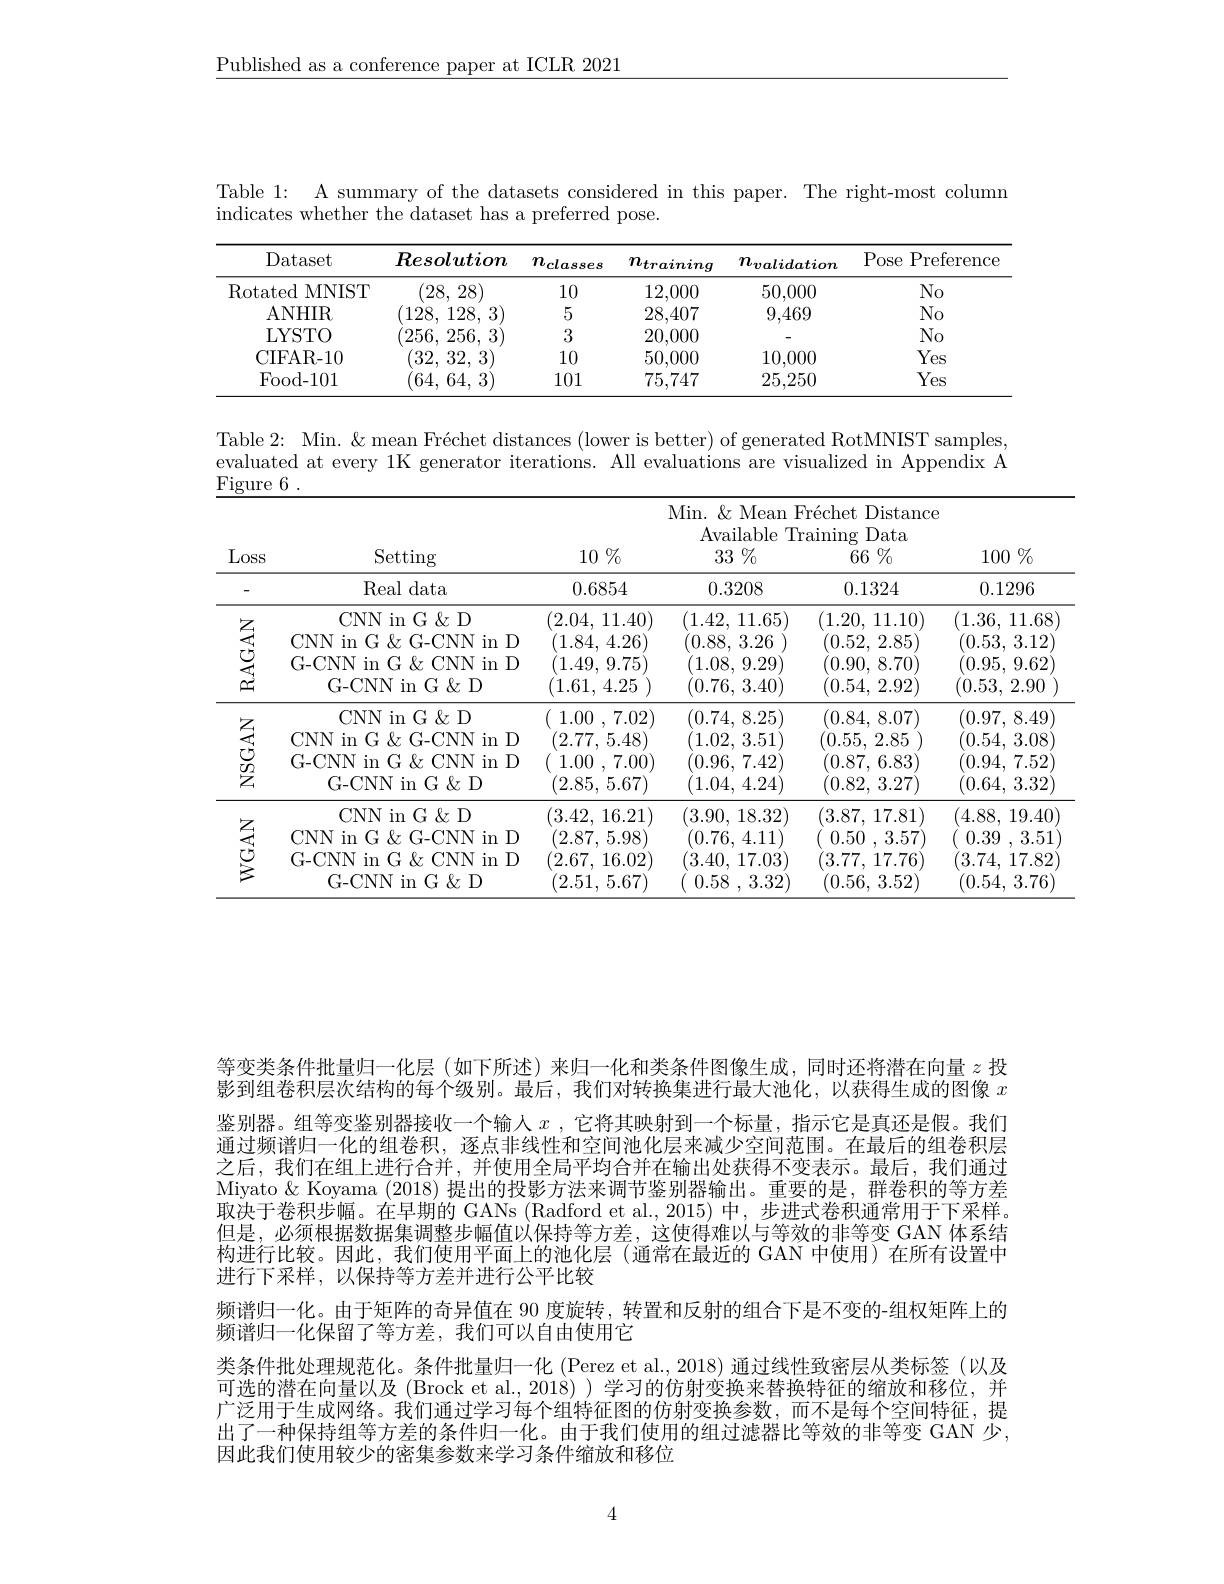
$\underline{\text{Published as a conference paper at ICLR 2021}}$

Table 1: A summary of the datasets considered in this paper. The right-most column
indicates whether the dataset has a preferred pose.

<table>
	<tbody>
		<tr>
			<th>Dataset</th>
			<th>Resolution</th>
			<th>$n_{classes}$</th>
			<th>$n_{training}$</th>
			<th>$n_{validation}$</th>
			<th>Pose Preference</th>
		</tr>
		<tr>
			<td>Rotated MNIST</td>
			<td>(28, 28)</td>
			<td>10</td>
			<td>12,000</td>
			<td>50,000</td>
			<td>$No$</td>
		</tr>
		<tr>
			<td>ANHIR</td>
			<td>(128, 128, 3)</td>
			<td>5</td>
			<td>28,407</td>
			<td>9,469</td>
			<td>$No$</td>
		</tr>
		<tr>
			<td>LYSTO</td>
			<td>256, 256, 3</td>
			<td>3</td>
			<td>20,000</td>
			<td> </td>
			<td>$No$</td>
		</tr>
		<tr>
			<td>CIFAR- 10</td>
			<td>$^{\prime }32$, 32, 3)</td>
			<td>10</td>
			<td>50,000</td>
			<td>10,000</td>
			<td>Yes</td>
		</tr>
		<tr>
			<td>Food- 101</td>
			<td>64, 64, 3</td>
			<td>101</td>
			<td>75,747</td>
			<td>25,250</td>
			<td>Yes</td>
		</tr>
	</tbody>
</table>

evaluated at every 1K generator iterations. All evaluations are visualized in Appendix A $\operatorname { Figure} 6$ .

<table>
	<tbody>
		<tr>
			<th>Loss</th>
			<th>Setting</th>
			<th>$10\%$</th>
			<th>Min. $\&$ Mean Available T 33 $\%$</th>
			<th>Pr$\' {e}$chet Distance raining Data $\bar{6} 6$ $\%$</th>
			<th>$100\%$</th>
		</tr>
		<tr>
			<td>-</td>
			<td>Real data</td>
			<td>0.6854</td>
			<td>0.3208</td>
			<td>0.1324</td>
			<td>0.1296</td>
		</tr>
		<tr>
			<td rowspan="4">RAGAN</td>
			<td>$CNN$ $=\frac{1}{2}$ $\operatorname{in}G\&$D</td>
			<td>(2.04, 11.40)</td>
			<td>(1.42, 11.65)</td>
			<td>(1.20, 11.10)</td>
			<td>(1.36,1 11.68</td>
		</tr>
		<tr>
			<td>CNN in G G-CNN in D</td>
			<td>1.84, 4.26)</td>
			<td>(0.88, 3.26</td>
			<td>(0.52, 2.85)</td>
			<td>(0.53, 3.12</td>
		</tr>
		<tr>
			<td>G-CNN in G & CNN in D</td>
			<td>1.49, 9.75</td>
			<td>(1.08, 9.29</td>
			<td>(0.90, 8.70)</td>
			<td>(0.95, 9.62</td>
		</tr>
		<tr>
			<td>G- CNN in G $\&$ D</td>
			<td>(1.61, 4.25</td>
			<td>(0.76, 3.40)</td>
			<td>(0.54, 2.92)</td>
			<td>(0.53, 2.90</td>
		</tr>
		<tr>
			<td rowspan="1">$\begin{array}{ll}&\text{ろ}\\&\text{さ}\\&\textcircled{1}\\&\textcircled{2}\end{array}$</td>
			<td>CNN in G $\&$D CNN in G G-CNN in D G-CNN in G & CNN in D G-CNN in G $\&$D</td>
			<td>1.00 , 7.02) (2.77, 5.48) 1.00 , 7.00) (2.85, 5.67)</td>
			<td>(0.74, 8.25) 1.02, 3.51) 0.96, 7.42 (1.04, 4.24)</td>
			<td>(0.84, 8.07) (0.55, 2.85 (0.87, 6.83] (0.82, 3.27</td>
			<td>(0.97, 8.49 (0.54, 3.08 (0.94, 7.52 (0.64, 3.32</td>
		</tr>
		<tr>
			<td rowspan="2"></td>
			<td>CNN in G $\&$D CNN in G G-CNN in D G-CNN in G $\&$ CNN in D G-CNN in G &D</td>
			<td>(3.42, 16.21) (2.87, 5.98) (2.67, 16.02) (2.51, 5.67)</td>
			<td>(3.90, 18.32) (0.76, 4.11) 3.40, 17.03) 0.58 , 3.32 $\}$</td>
			<td>(3.87, 17.81) 0.50 , 3.57) (3.77, 17.76) (0.56, 3.52)</td>
			<td>(4.88, 19.40) 0.39 , 3.5 (3.74, 17.82 (0.54, 3.76</td>
		</tr>
		<tr>
			<td>CNN in G &D CNN in G G-CNN in D G-CNN in G & CNN in D G- CNN in G $\&$ D</td>
			<td>(3.42, 16.21) (2.87, 5.98) (2.67, 16.02) (2.51, 5.67)</td>
			<td>(3.90, 18.32) (0.76, 4.11) 3.40, 17.03) 0.58 , 3.32</td>
			<td>(3.87,17.81) 0.50 , 3.57) (3.77, 17.76) (0.56, 3.52)</td>
			<td>(4.88, 19.40) 0.39 , 3.5 (3.74, 17.82 (0.54, 3.76</td>
		</tr>
	</tbody>
</table>

等变类条件批量归一化层(如下所述)来归一化和类条件图像生成，同时还将潜在向量$z$投影到组卷积层次结构的每个级别。最后，我们对转换集进行最大池化，以获得生成的图像$x$ 鉴别器。组等变鉴别器接收一个输人$x$ ,它将其映射到一个标量，指示它是真还是假。我们通过频谱归一化的组卷积，逐点非线性和空间池化层来减少空间范围。在最后的组卷积层之后，我们在组上进行合并，并使用全局平均合并在输出处获得不变表示。最后，我们通过Miyato & Koyama (2018)提出的投影方法来调节鉴别器输出。重要的是，群卷积的等方差取决于卷积步幅。在早期的 GANs (Radford et al.,2015)中，步进式卷积通常用于下采样。但是，必须根据数据集调整步幅值以保持等方差，这使得难以与等效的非等变 GAN 体系结构进行比较。因此，我们使用平面上的池化层(通常在最近的 GAN 中使用)在所有设置中进行下采样，以保持等方差并进行公平比较
频谱归一化。由于矩阵的奇异值在 90 度旋转，转置和反射的组合下是不变的-组权矩阵上的
频谱归一化保留了等方差，我们可以自由使用它
类条件批处理规范化。条件批量归一化 (Perez et al., 2018) 通过线性致密层从类标签 (以及可选的潜在向量以及 (Brock et al., 2018))学习的仿射变换来替换特征的缩放和移位，并广泛用于生成网络。我们通过学习每个组特征图的仿射变换参数，而不是每个空间特征，提出了一种保持组等方差的条件归一化。由于我们使用的组过滤器比等效的非等变 GAN 少， 因此我们使用较少的密集参数来学习条件缩放和移位

4